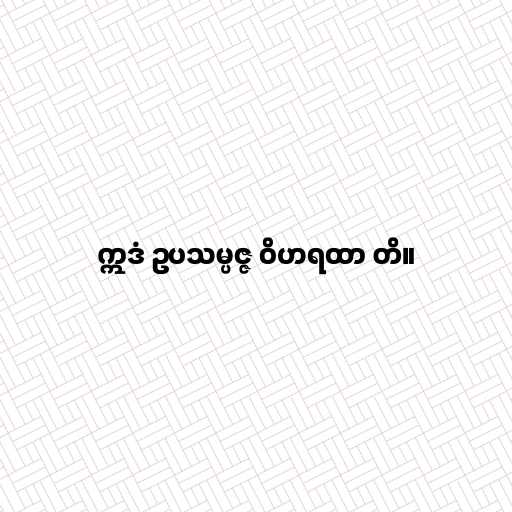
ဣဒံ ဥပသမ္ပဇ္ဇ ဝိဟရထာ တိ။